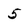
Character: 5